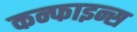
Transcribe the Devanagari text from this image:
कन्फाइन्स